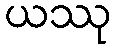
ယဿု